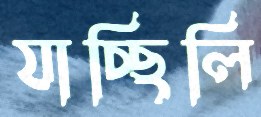
যাচ্ছিলি